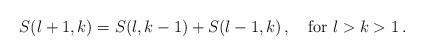
\begin{align*}S(l+1,k)=S(l,k-1)+S(l-1,k)\,,\quad\mbox{for }l>k>1\,.\end{align*}